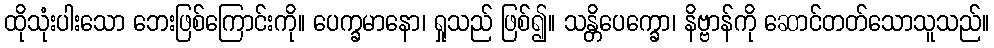
ထိုသုံးပါးသော ဘေးဖြစ်ကြောင်းကို။ ပေက္ခမာနော၊ ရှုသည် ဖြစ်၍။ သန္တိပေက္ခော၊ နိဗ္ဗာန်ကို ဆောင်တတ်သောသူသည်။